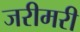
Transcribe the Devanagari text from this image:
जरीमरी